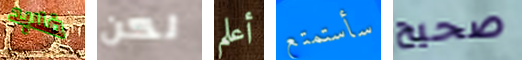
فلابد لكن أعلم سأستمتع صحيح